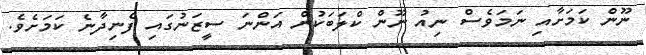
ނޫން ކަމަށާއި ނަމަވެސް ނިއު ނޫން ކްލަބަކުން އަންނަ ސީޒަނުގައި ފެނިދާނެ ކަމަށެވެ.